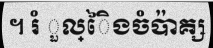
។ រំ ួល្ៃិងចំប៉ាគ្ស